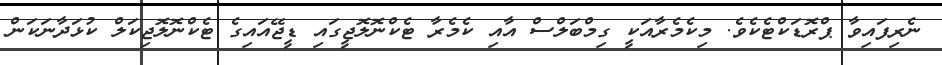
ނެރިފައިވާ ޕްރޮޑަކްޓެކެވެ. މިކެމެރާއަކީ ގިމްބަލްސް އާއި ކެމެރާ ޓެކްނޮލޮޖީގައި ޑީޖޭއައިގެ ޓެކްނޮލޮޖިކަލް ކުޅަދާނަކަން